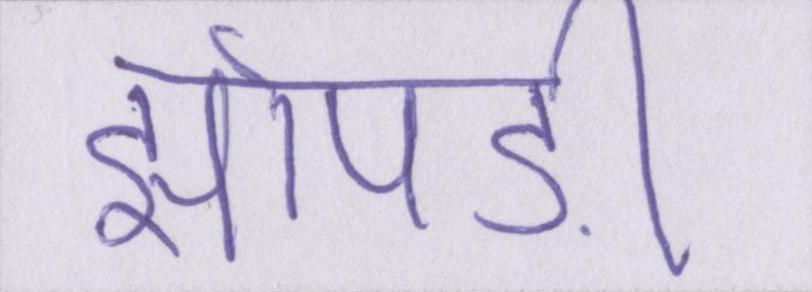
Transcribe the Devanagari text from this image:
झोपङीं